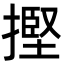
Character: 摼